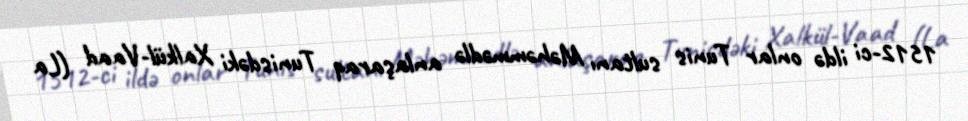
1512-ci ildə onlar Tunis sultanı Məhəmmədlə anlaşaraq Tunisdəki Xalkül-Vaad (La